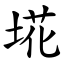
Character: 埖